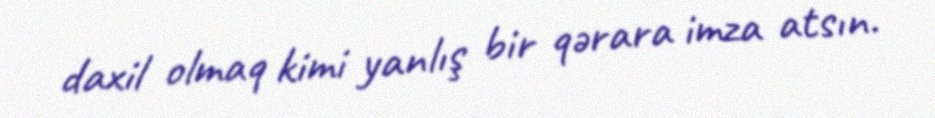
daxil olmaq kimi yanlış bir qərara imza atsın.